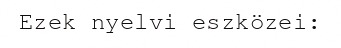
Ezek nyelvi eszközei: